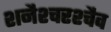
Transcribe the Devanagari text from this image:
शनैश्चरश्चैव